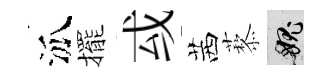
泒擺㦯茜藜愧